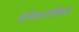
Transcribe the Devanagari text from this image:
पेरीकारडियम